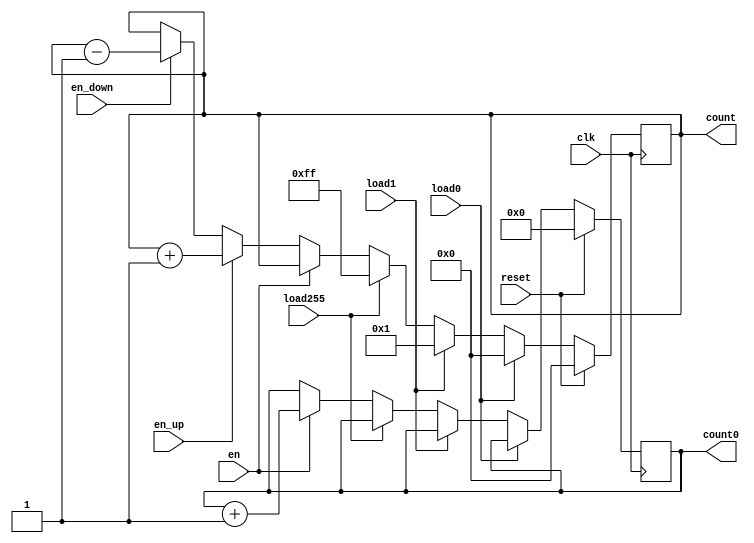
module counter(clk,reset,en,en_up,en_down,load0,load1,load255,count0,count);
input clk,reset,en,en_up,en_down,load0,load1,load255;
output reg [3:0] count0;
output reg [7:0] count;
always @(posedge clk)
begin
	if(reset)
		begin count0<=4'b0; count<=8'd0; end
	else if(load0)
		count<=8'b0;
	else if(load1)
		count<=8'd1;
	else if(load255)
		count<=8'd255;
	else if(en)
		count0<=count0+1;
	else if(en_up)
		count<=count+1;
	else if(en_down)
		count<=count-1;
end
endmodule